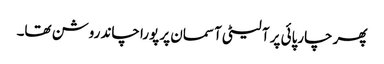
پھر چارپائی پر آ لیٹی آسمان پر پورا چاند روشن تھا۔